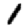
Digit: 1